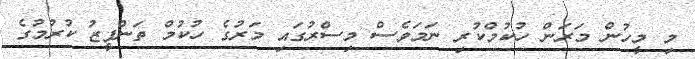
މި މީހުން މަރަން ހުކުމްކުރި ނަމަވެސް މިސްރުގައި މަރުގެ ހުކުމް ތަންފީޒު ކުރުމުގެ